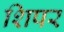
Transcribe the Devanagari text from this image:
शिपर